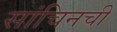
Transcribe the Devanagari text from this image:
सांचिनची